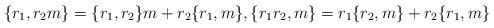
LaTeX: \begin{align*} \{r_1,r_2 m\}=\{r_1,r_2\}m+r_2\{r_1,m\},\{r_1 r_2,m\}=r_1\{r_2,m\}+r_2\{r_1,m\}\end{align*}